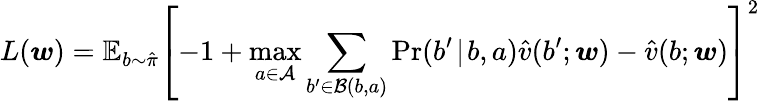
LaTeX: L(\boldsymbol{w})=\mathbb{E}_{b\sim\hat{\pi}}\left[-1+\operatorname*{max}_{a\in\mathcal{A}}\sum_{b^{\prime}\in\mathcal{B}(b,a)}\operatorname*{Pr}(b^{\prime}\! \mid\! b,a)\hat{v}(b^{\prime};\boldsymbol{w})-\hat{v}(b;\boldsymbol{w})\right]^{2}